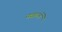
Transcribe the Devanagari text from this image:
नवरत्नें